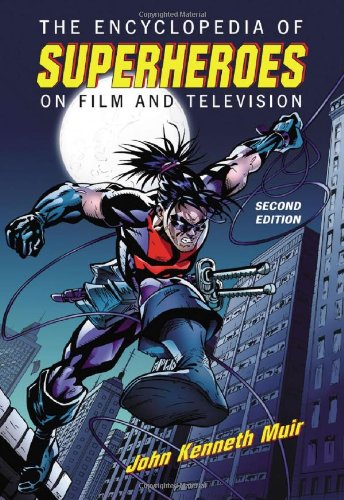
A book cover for The Encyclopedia of Superheroes on Film and Television; John Kenneth Muir; Humor & Entertainment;